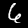
Digit: 6